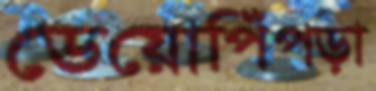
ডেয়োপিঁপড়া